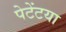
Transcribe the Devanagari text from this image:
पेटेंटया